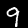
Label: 9